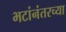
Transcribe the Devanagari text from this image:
भटांनंतरच्या